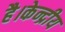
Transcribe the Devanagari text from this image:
है।केन्द्रीय